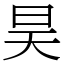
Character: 昊